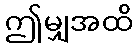
ဤမျှအထိ